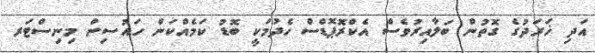
އަދި ޚަރަދުގެ ގޮތުން ބަލާއިރުވެސް އެކްރޮޕޮޑްސް ހެދުމަކީ ބޮޑު ކަމެއްކަން ހައުސިން މިނިސްޓަރ